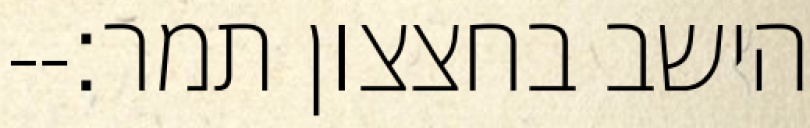
הישב בחצצון תמר׃--